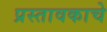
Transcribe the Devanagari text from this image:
प्रस्तावकाचे